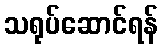
သရုပ်ဆောင်ရန်